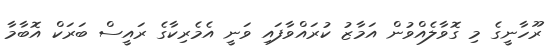
ރޫހާނީގެ މި ގޮވާލެއްވުން އަމާޒު ކުރައްވާފައި ވަނީ އެމެރިކާގެ ރައީސް ބަރަކް އޮބާމާ